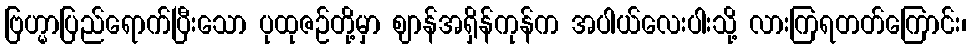
ဗြဟ္မာပြည်ရောက်ပြီးသော ပုထုဇဉ်တို့မှာ ဈာန်အရှိန်ကုန်က အပါယ်လေးပါးသို့ လားကြရတတ်ကြောင်း၊